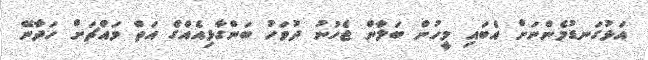
އަޅުގަނޑުމެންނަށް އެބައި މީހުން ބަލާން ޖެހުނު ދުވަހު ބަންގާޅިއެއްގެ އަތް މައްޗަށް ހަދާނޭ